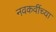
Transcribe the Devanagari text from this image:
नवकवींच्या